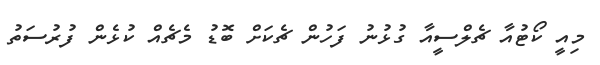
މިއީ ކޯޓުއާ ޗެލްސީއާ ގުޅުނު ފަހުން ޗެކަށް ބޮޑު މެޗެއް ކުޅެން ފުރުސަތު